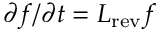
\partial f / \partial t = \boldsymbol { L } _ { \mathrm { r e v } } f